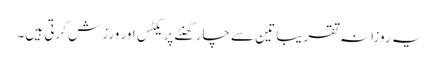
یہ روزانہ تقریباً تین سے چار گھنٹے پریکٹس اور ورزش کرتی ہیں۔